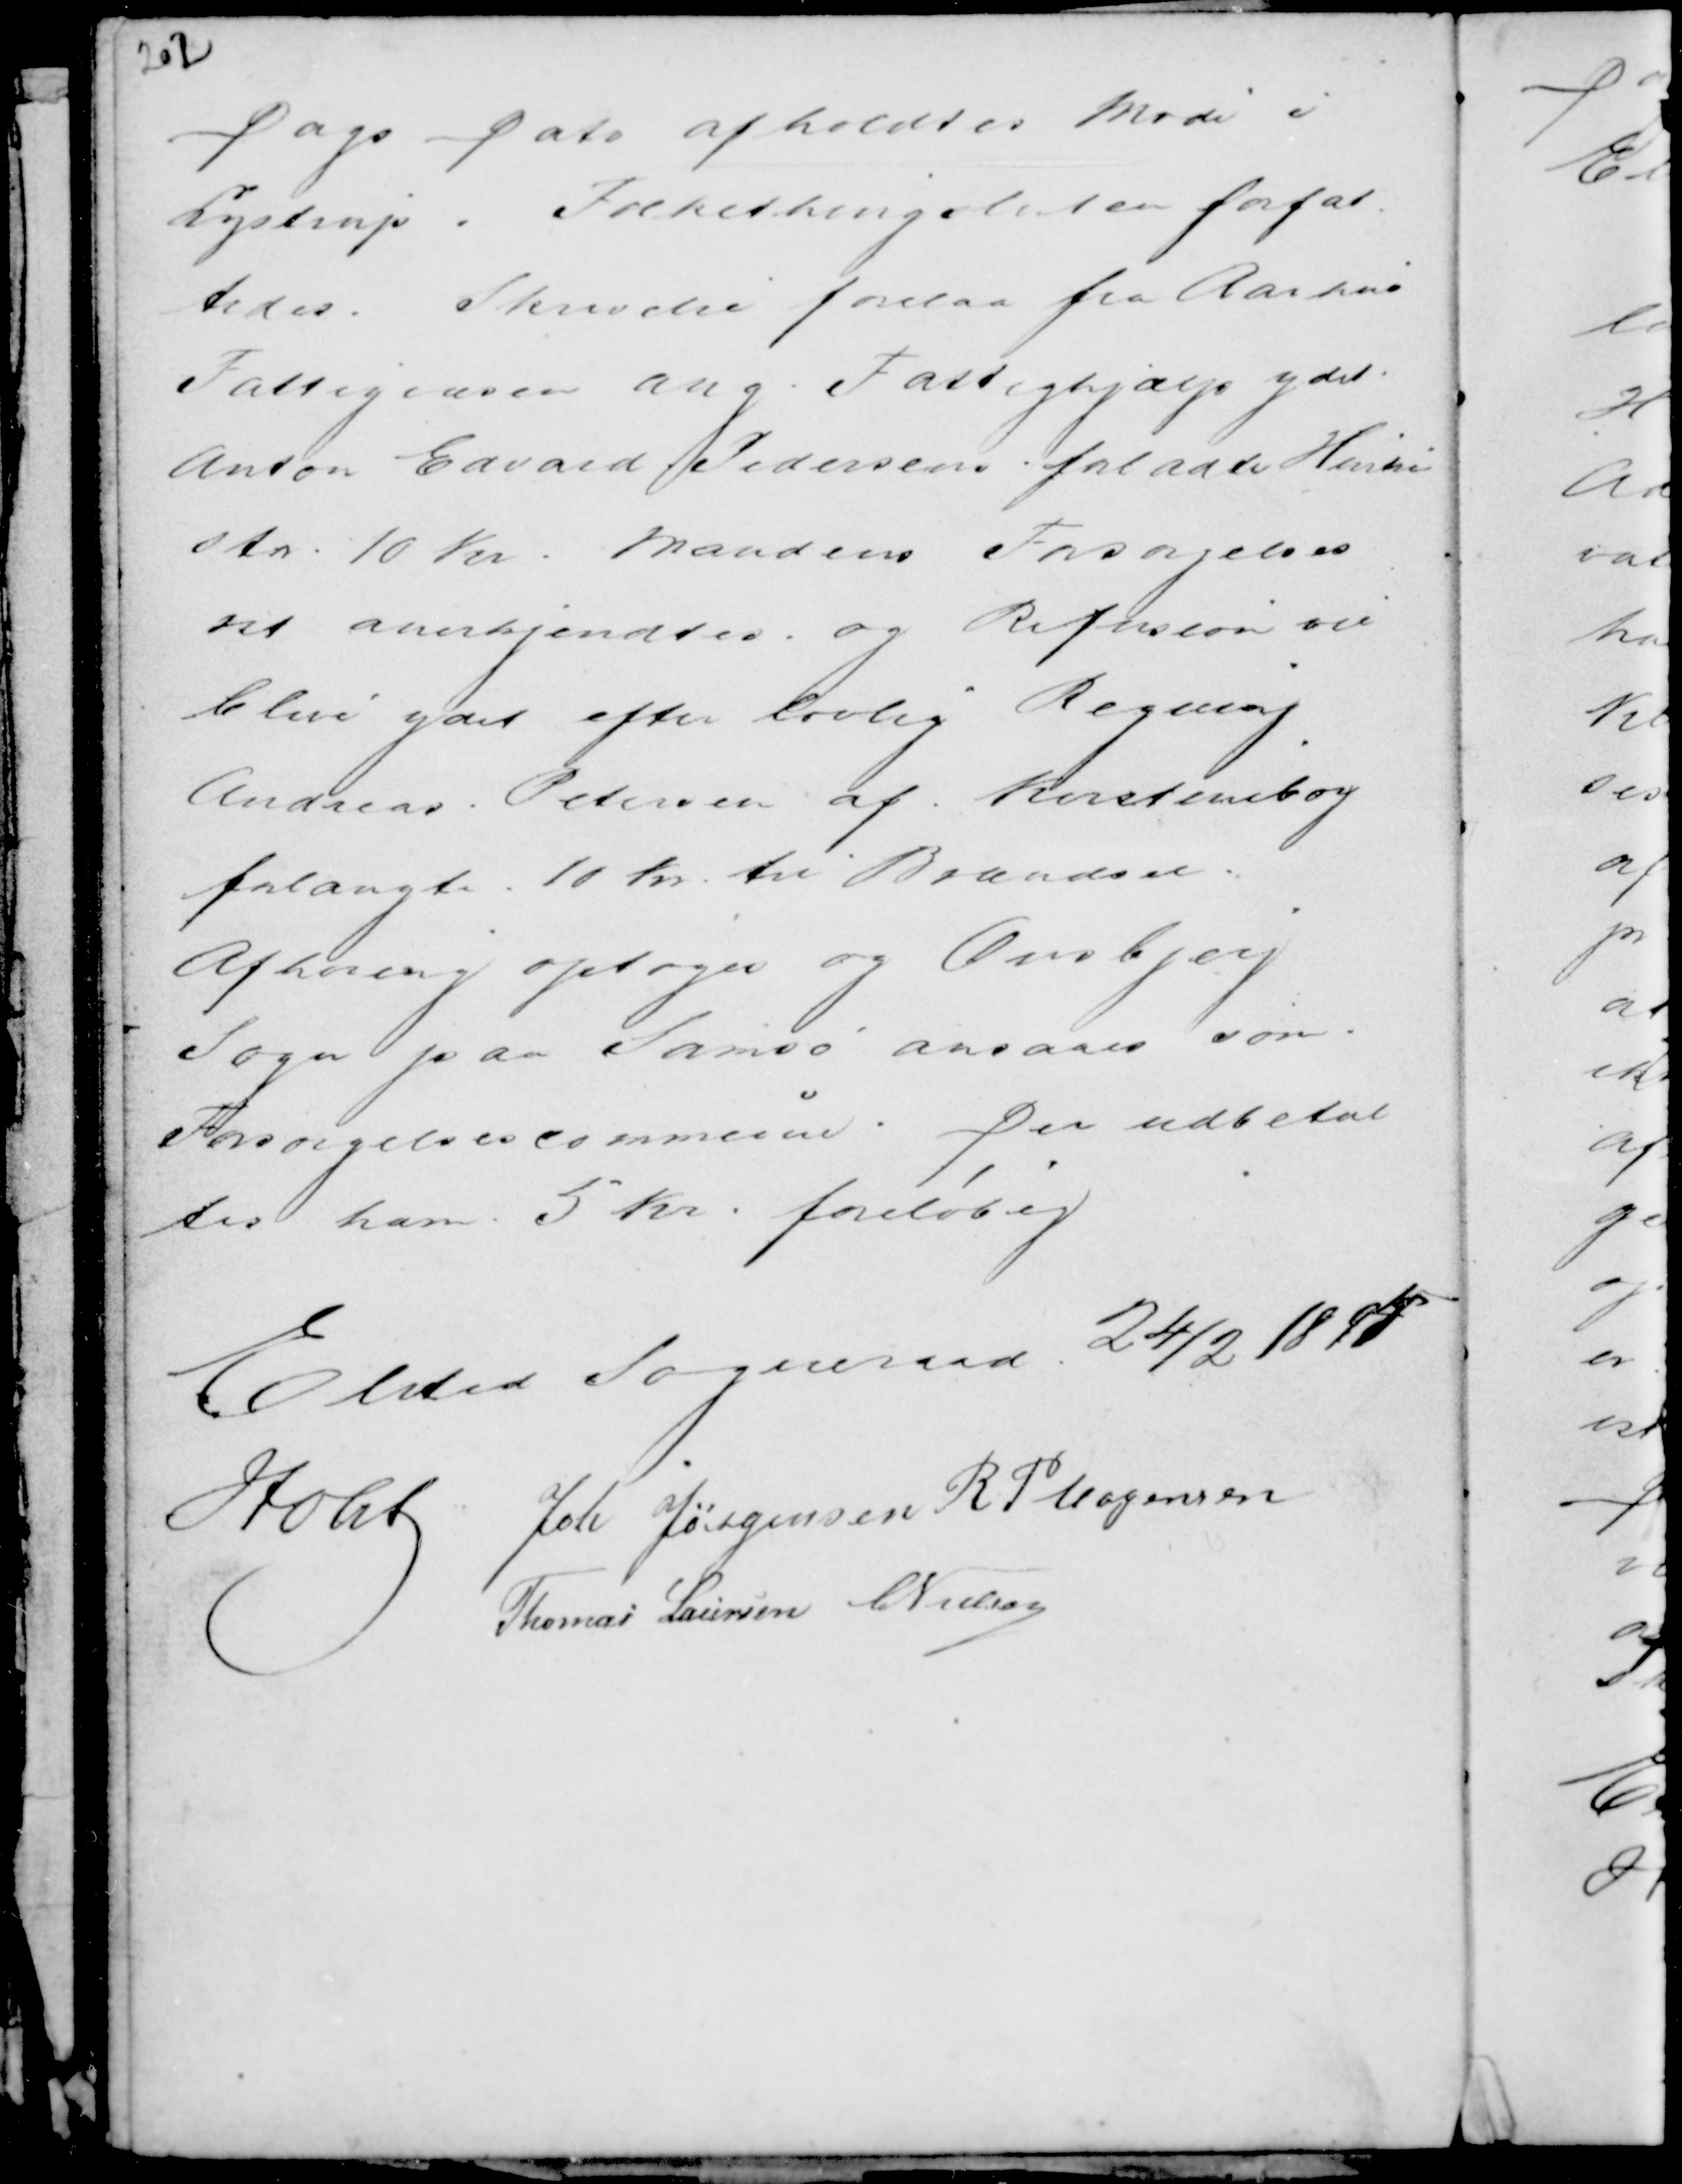
Transskription:
Dags Dato afholdtes Møde i
Lystrup. Folkethingslisten forfat-
tedes. Skrivelse forelaa fra Aarhus
Fattigvæsen ang. Fattighjælp ydet
Anton Edvard Pedersens forladte Hustru
stor 10 Kr. Mandens Forsørgelses
ret anerkjendtes og Refusion vil
blive ydet efter lovlig Regning
Andreas Petersen af Kirstineborg
forlangte 10 Kr til Brændsel.
Afhøring optoges og Onsbjerg
Sogn paa Samsø ansaaes som
Forsørgelsescommune. Der udbetal
tes ham 5 Kr. foreløbig

Elsted Sogneraad 24/2 1894
Holst Joh Jørgensen R P Mogensen
Thomas Laursen C Nielsen